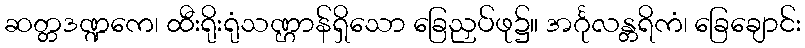
ဆတ္တဒဏ္ဍကေ၊ ထီးရိုးရုံသဏ္ဌာန်ရှိသော ခြေညှပ်ဖု၌။ အင်္ဂုလန္တရိကံ၊ ခြေချောင်း